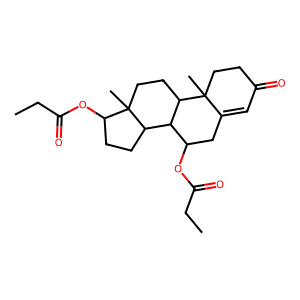
SMILES: CCC(=O)OC1CC2=CC(=O)CCC2(C)C2CCC3(C)C(OC(=O)CC)CCC3C12
Inhibits HIV replication: No